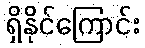
ရှိနိုင်ကြောင်း